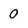
Character: 0